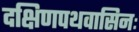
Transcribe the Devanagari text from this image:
दक्षिणपथवासिनः